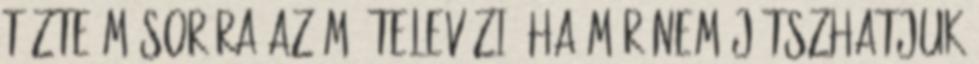
tűzte műsorára az M4 televízió Ha már nem játszhatjuk